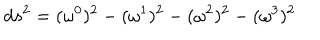
LaTeX: d s ^ { 2 } = ( { \omega } ^ { 0 } ) ^ { 2 } - ( { \omega } ^ { 1 } ) ^ { 2 } - ( { \omega } ^ { 2 } ) ^ { 2 } - ( { \omega } ^ { 3 } ) ^ { 2 }